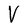
Character: V